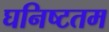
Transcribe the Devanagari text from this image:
घनिष्टतम